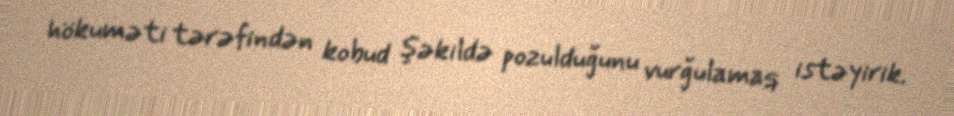
hökuməti tərəfindən kobud şəkildə pozulduğunu vurğulamaq istəyirik.